Structure of Hæmatopota pluvialis (Meigen) - Number 55
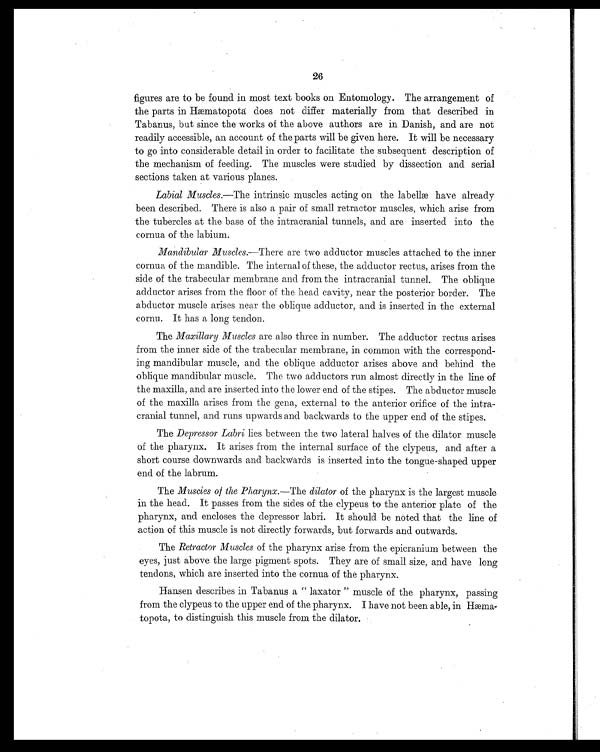
26
figures are to be found in most text books on Entomology. The arrangement of
the parts in Hæmatopota does not differ materially from that described in
Tabanus, but since the works of the above authors are in Danish, and are not
readily accessible, an account of the parts will be given here. It will be necessary
to go into considerable detail in order to facilitate the subsequent description of
the mechanism of feeding. The muscles were studied by dissection and serial
sections taken at various planes.
Labial Muscles.—The intrinsic muscles acting on the labellæ have already
been described. There is also a pair of small retractor muscles, which arise from
the tubercles at the base of the intracranial tunnels, and are inserted into the
cornua of the labium.
Mandibular Muscles.—There are two adductor muscles attached to the inner
cornua of the mandible. The internal of these, the adductor rectus, arises from the
side of the trabecular membrane and from the intracranial tunnel The oblique
adductor arises from the floor of the head cavity, near the posterior border. The
abductor muscle arises near the oblique adductor, and is inserted in the external
cornu. It has a long tendon.
The Maxillary Muscles are also three in number. The adductor rectus arises
from the inner side of the trabecular membrane, in common with the correspond-
ing mandibular muscle, and the oblique adductor arises above and behind the
oblique mandibular muscle. The two adductors run almost directly in the line of
the maxilla, and are inserted into the lower end of the stipes. The abductor muscle
of the maxilla arises from the gena, external to the anterior orifice of the intra-
cranial tunnel, and runs upwards and backwards to the upper end of the stipes.
The Depressor Labri lies between the two lateral halves of the dilator muscle
of the pharynx. It arises from the internal surface of the clypeus, and after a
short course downwards and backwards is inserted into the tongue-shaped upper
end of the labrum.
The Muscles of the Pharynx. —The dilator of the pharynx is the largest muscle
in the head. It passes from the sides of the clypeus to the anterior plate of the
pharynx, and encloses the depressor labri. It should be noted that the line of
action of this muscle is not directly forwards, but forwards and outwards.
The R e t r a c t o r Mu s c l e s o f t h e p h a r y n x a r i s e f r o m t h e e p i c r a n i u m b e t w e e n t h e
eyes, just above the large pigment spots. They are of small size, and have long
tendons, which are inserted into the cornua of the pharynx.
Hansen describes in Tabanus a "laxator" muscle of the pharynx, passing
from the clypeus to the upper end of the pharynx. I have not been able, in Hæma
topota, to distinguish this muscle from the dilator.